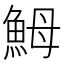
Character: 𩶋